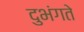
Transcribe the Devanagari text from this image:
दुभंगते